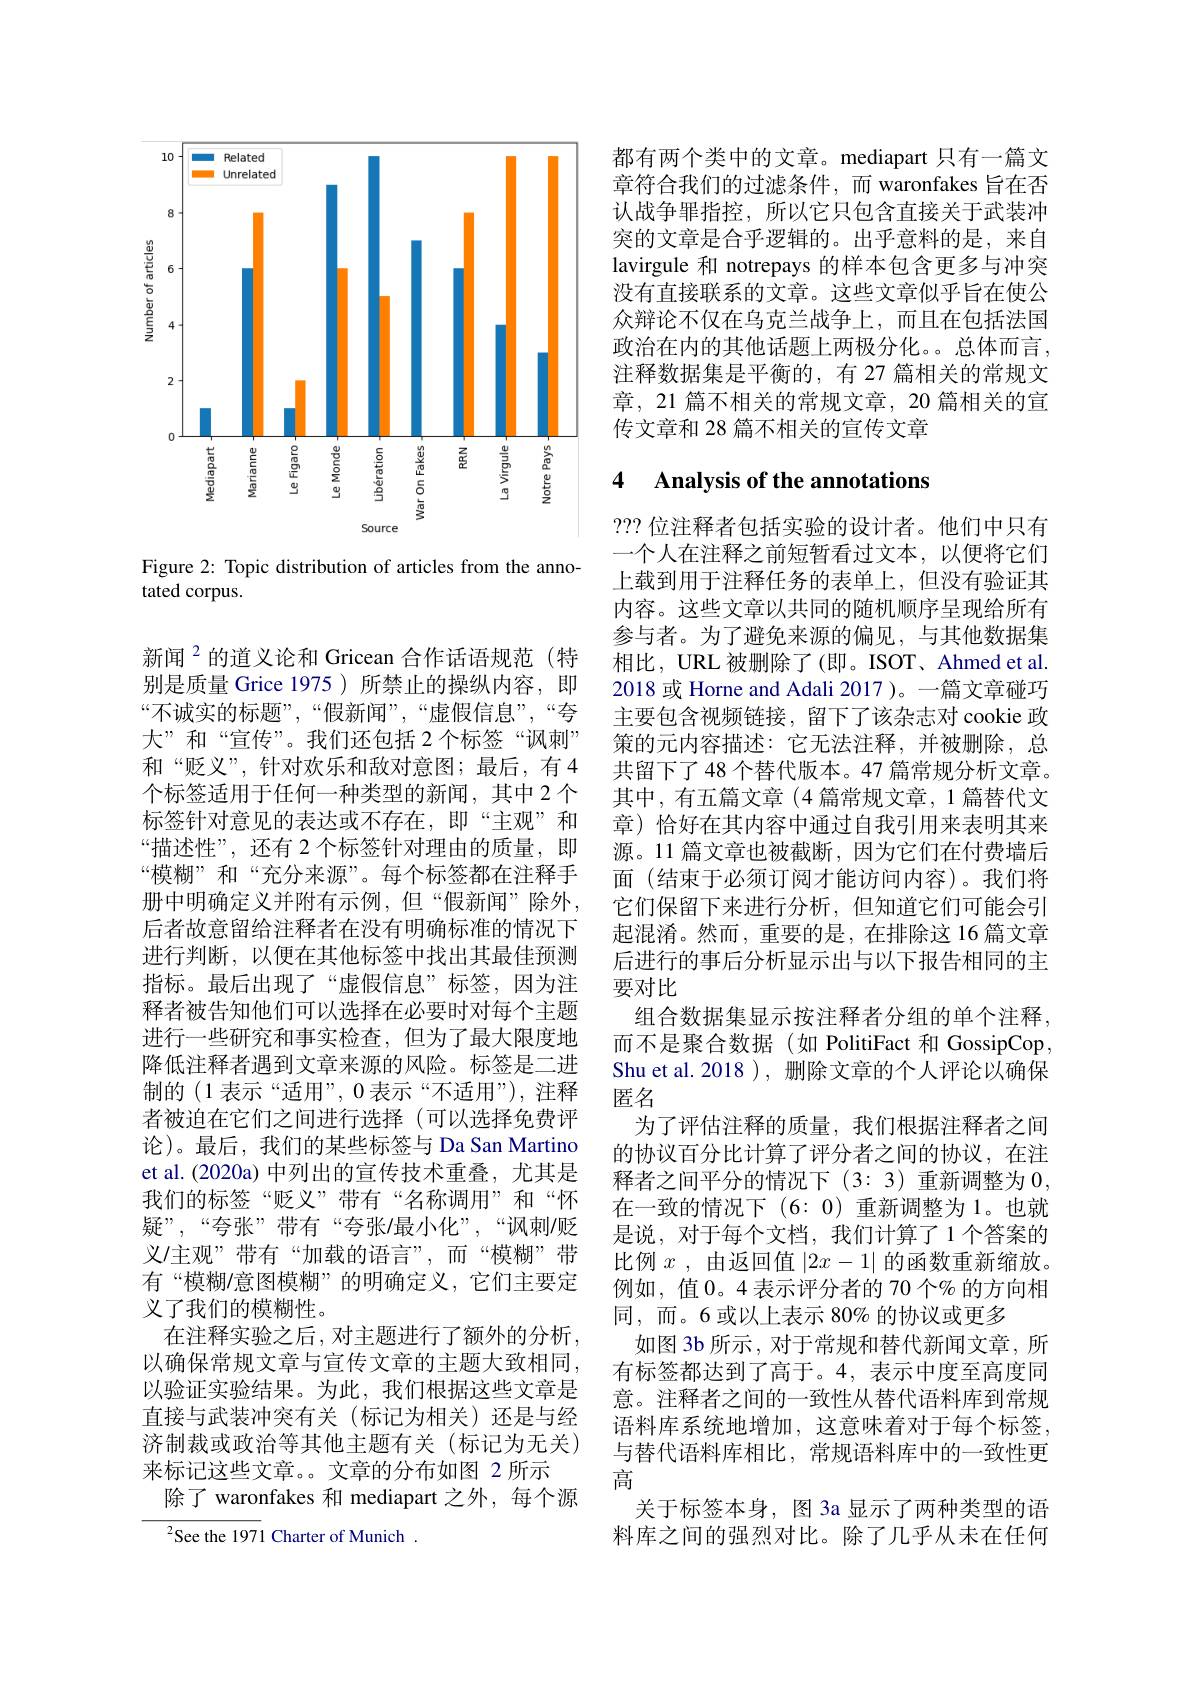
<FigureHere>

Figure 2: Topic distribution of articles from the anno-
tated corpus.

新闻$^{2}$的道义论和 Gricean 合作话语规范(特别是质量 Grice 1975 ) 所禁止的操纵内容，即“不诚实的标题”,“假新闻”,“虚假信息”,“夸大”和“宣传”。我们还包括 2个标签“讽刺” 和“贬义”,针对欢乐和敌对意图；最后，有4个标签适用于任何一种类型的新闻，其中 2个标签针对意见的表达或不存在，即“主观”和“描述性”,还有 2个标签针对理由的质量，即“模糊”和“充分来源”。每个标签都在注释手册中明确定义并附有示例，但“假新闻”除外， 后者故意留给注释者在没有明确标准的情况下进行判断，以便在其他标签中找出其最佳预测指标。最后出现了“虚假信息”标签，因为注释者被告知他们可以选择在必要时对每个主题进行一些研究和事实检查，但为了最大限度地降低注释者遇到文章来源的风险。标签是二进制的(1表示“适用”,0 表示“不适用”),注释者被迫在它们之间进行选择(可以选择免费评论)。最后，我们的某些标签与 Da San Martino et al.(2020a) 中列出的宣传技术重叠，尤其是我们的标签“贬义”带有“名称调用”和“怀疑”,“夸张”带有“夸张/最小化”,“讽刺/贬义/主观”带有“加载的语言”,而“模糊”带有“模糊/意图模糊”的明确定义，它们主要定义了我们的模糊性。
在注释实验之后，对主题进行了额外的分析， 以确保常规文章与宣传文章的主题大致相同， 以验证实验结果。为此，我们根据这些文章是直接与武装冲突有关(标记为相关)还是与经济制裁或政治等其他主题有关(标记为无关) 来标记这些文章。。文章的分布如图 2 所示
除了 waronfakes 和 mediapart 之外，每个源
$^{2}$See the 1971 Charter of Munich.

都有两个类中的文章。mediapart 只有一篇文章符合我们的过滤条件，而 waronfakes 旨在否认战争罪指控，所以它只包含直接关于武装冲突的文章是合乎逻辑的。出乎意料的是，来自lavirgule 和 notrepays 的样本包含更多与冲突没有直接联系的文章。这些文章似乎旨在使公众辩论不仅在乌克兰战争上，而且在包括法国政治在内的其他话题上两极分化。。总体而言， 注释数据集是平衡的，有 27 篇相关的常规文章，21 篇不相关的常规文章，20 篇相关的宣传文章和 28 篇不相关的宣传文章

### 4 Analysis of the annotations

???位注释者包括实验的设计者。他们中只有一个人在注释之前短暂看过文本，以便将它们上载到用于注释任务的表单上，但没有验证其内容。这些文章以共同的随机顺序呈现给所有参与者。为了避免来源的偏见，与其他数据集相比，URL 被删除了(即。ISOT、Ahmed et al. 2018 或 Horne and Adali 2017 )。一篇文章碰巧主要包含视频链接，留下了该杂志对 cookie 政策的元内容描述：它无法注释，并被删除，总共留下了48 个替代版本。47 篇常规分析文章。其中，有五篇文章(4 篇常规文章，1 篇替代文章) 恰好在其内容中通过自我引用来表明其来源。11 篇文章也被截断，因为它们在付费墙后面(结束于必须订阅才能访问内容)。我们将它们保留下来进行分析，但知道它们可能会引起混淆。然而，重要的是，在排除这 16 篇文章后进行的事后分析显示出与以下报告相同的主要对比
组合数据集显示按注释者分组的单个注释， 而不是聚合数据(如 PolitiFact 和 GossipCop, Shu et al. 2018 ), 删除文章的个人评论以确保匿名
为了评估注释的质量，我们根据注释者之间的协议百分比计算了评分者之间的协议，在注释者之间平分的情况下(3:3)重新调整为0， 在一致的情况下 (6: 0) 重新调整为 1。也就是说，对于每个文档，我们计算了1个答案的比例$x$ ,由返回值$|2x-1|$的函数重新缩放。例如，值0。4 表示评分者的 70 个% 的方向相同，而。6或以上表示 80% 的协议或更多
如图 3b 所示 , 对于常规和替代新闻文章，所有标签都达到了高于。4,表示中度至高度同意。注释者之间的一致性从替代语料库到常规语料库系统地增加，这意味着对于每个标签， 与替代语料库相比，常规语料库中的一致性更高
关于标签本身，图 3a 显示了两种类型的语料库之间的强烈对比。除了几乎从未在任何